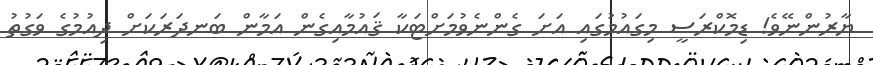
ޔާރުންނޭވެ! ޑިމޮކްރަސީ މިގައުމުގައި އަށަ ގެންނެވުމަށްޓަކާ ޤައުމާއިގެން އަމާން ބަނދަރަކަށް ދިއުމުގެ ވަގުތު